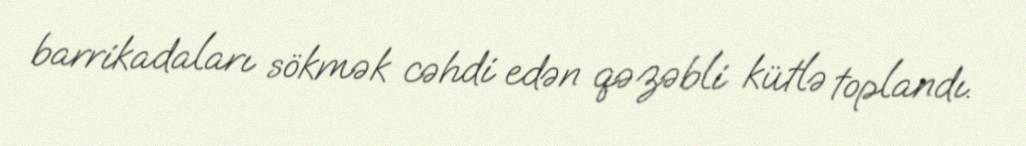
barrikadaları sökmək cəhdi edən qəzəbli kütlə toplandı.